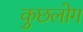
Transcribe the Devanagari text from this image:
कुछलोग